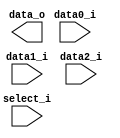
module MUX_3to1(
               data0_i,
               data1_i,
			   data2_i,
               select_i,
               data_o
               );

parameter size = 0;			   
			
//I/O ports               
input   [size-1:0] data0_i;          
input   [size-1:0] data1_i;
input   [size-1:0] data2_i;
input   [2-1:0]    select_i;
output  [size-1:0] data_o; 

//Internal Signals
reg     [size-1:0] data_o;

//Main function

endmodule